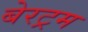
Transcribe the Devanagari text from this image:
बेरट्रम